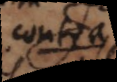
contra